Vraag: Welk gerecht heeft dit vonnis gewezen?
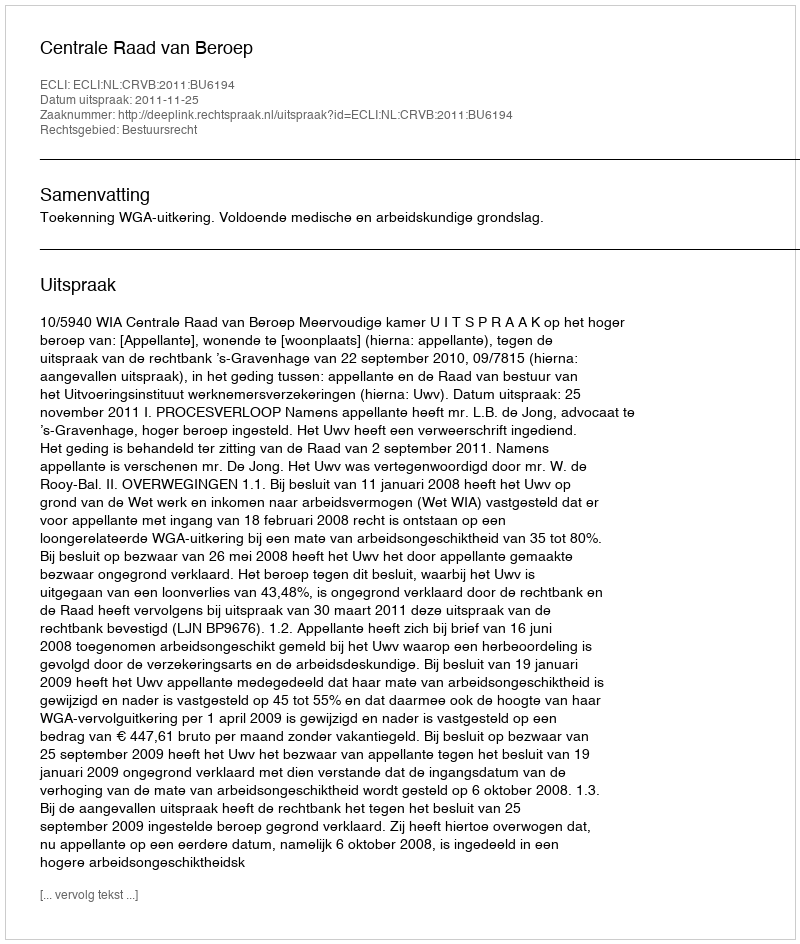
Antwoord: Centrale Raad van Beroep